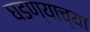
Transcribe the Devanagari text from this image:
घडण्याच्या